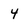
Character: 4